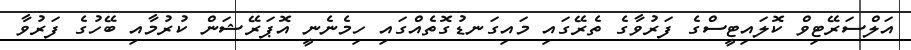
އަލްސަރޭޓިވް ކޮލައިޓީސްގެ ފަރުވާގެ ތެރޭގައި މައިގަނޑުގޮތެއްގައި ހިމެނެނީ އޮޕަރޭޝަން ކުރުމާއި ބޭހުގެ ފަރުވާ